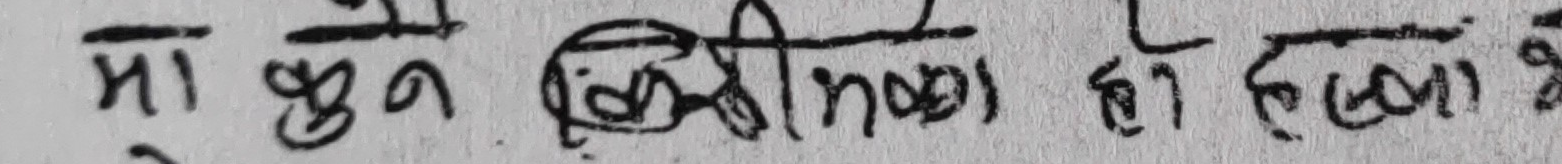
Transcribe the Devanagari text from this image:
मा कुन बिधिबाट हो एउटा है